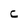
Character: c